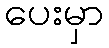
ပေးမှာ